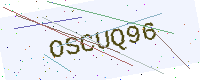
Text: OSCUQ96